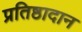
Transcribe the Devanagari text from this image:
प्रतिष्ठादान